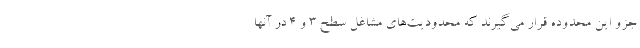
جزو این محدوده قرار می‌گیرند که محدودیت‌های مشاغل سطح ۳ و ۴ در آنها